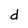
Character: d